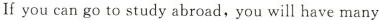
If you can go to study abroad, you will have manv